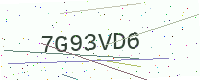
Text: 7G93VD6